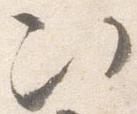
次